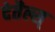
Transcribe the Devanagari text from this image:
देतैल्स्